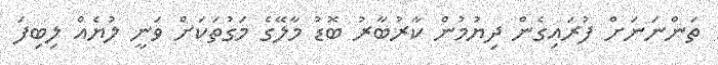
ތަންނަނަށް ފުރައިގެން ދިޔުމުން ކާރުބާރު ބޮޑު މާލޭގެ މަގުތަކަށް ވަނީ ލުޔެއް ލިބިފަ